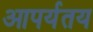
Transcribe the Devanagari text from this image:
आपर्यतय